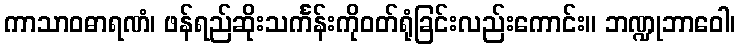
ကာသာဝဓာရဏံ၊ ဖန်ရည်ဆိုးသင်္ကန်းကိုဝတ်ရုံခြင်းလည်းကောင်း။ ဘဏ္ဍုဘာဝေါ၊